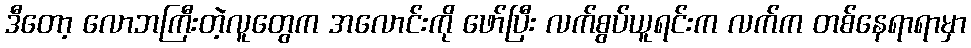
ဒီတော့ လောဘကြီးတဲ့လူတွေက အလောင်းကို ဖော်ပြီး လက်စွပ်ယူရင်းက လက်က တစ်နေရာရာမှာ